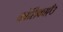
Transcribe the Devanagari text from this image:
कोशिकाएँ३